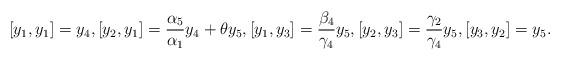
LaTeX: \begin{align*}[y_1, y_1]=y_4, [y_2, y_1]=\frac{\alpha_5}{\alpha_1}y_4+\theta y_5, [y_1, y_3]=\frac{\beta_4}{\gamma_4}y_5, [y_2, y_3]=\frac{\gamma_2}{\gamma_4}y_5, [y_3, y_2]=y_5.\end{align*}